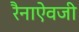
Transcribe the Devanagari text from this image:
रैनाऐवजी